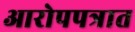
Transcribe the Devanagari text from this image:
आरोपपत्रात